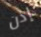
إذن